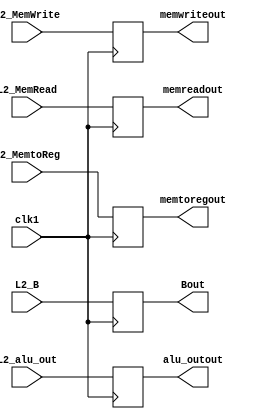
`timescale 1ns / 1ps

module L3(clk1, L2_B, L2_alu_out, L2_MemWrite, L2_MemRead, L2_MemtoReg, Bout, alu_outout, memwriteout, memreadout, memtoregout);
    input [7:0] L2_B, L2_alu_out;
    input clk1;
    input L2_MemWrite,L2_MemRead,L2_MemtoReg;
    
    output reg [7:0] Bout, alu_outout;
    output reg memwriteout, memreadout, memtoregout;
    
    reg [7:0] L3_B, L3_alu_out;
    reg L3_MemWrite,L3_MemRead,L3_MemtoReg;
    
       always @(*)
    begin
        L3_B <= #2 L2_B;
        L3_alu_out <= #2 L2_alu_out;
        L3_MemWrite <= #2 L2_MemWrite;
        L3_MemRead <= #2 L2_MemRead;
        L3_MemtoReg <= #2 L2_MemtoReg;
    end
    
    always @(posedge clk1)
    begin
        Bout <= #2 L3_B;
        alu_outout <= #2 L3_alu_out;
        memwriteout <= #2 L3_MemWrite;
        memreadout <= #2 L3_MemRead;
        memtoregout <= #2 L3_MemtoReg;
    end
    
endmodule